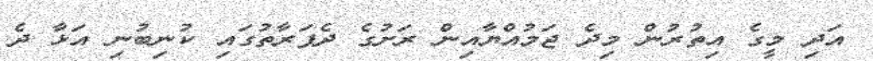
އަދި މީގެ އިތުރުން މިދެ ޖަމުއްޔާއިން ރަށުގެ ދެފަރާތުގައި ކުނިބުނި އަޅާ ދެ